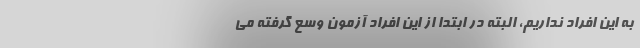
به این افراد نداریم، البته در ابتدا از این افراد آزمون وسع گرفته می